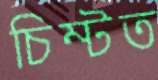
চিম্‌টত